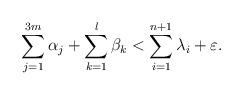
LaTeX: \begin{align*} \sum_{j=1}^{3m} \alpha_j+\sum_{k=1}^l\beta_k< \sum_{i=1}^{n+1}\lambda_i+\varepsilon.\end{align*}